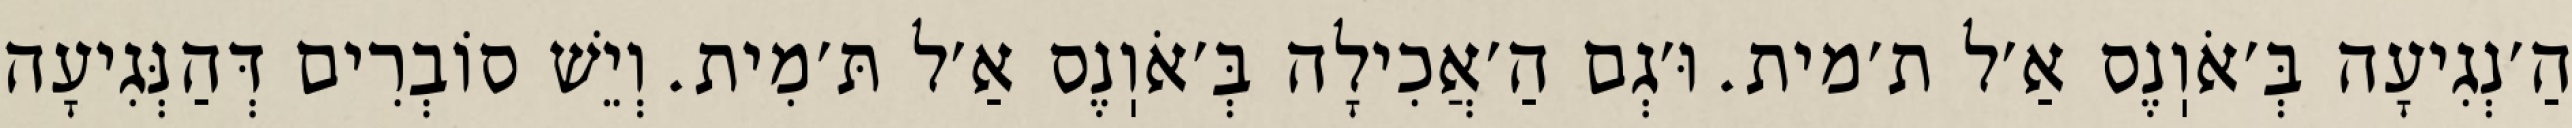
הַ׳נְגִיעָה בְּ׳אֹוֽנֶס אַ׳ל ת׳מית. וּ׳גְם הַ׳אֲכִילָה בְּ׳אֹוֽנֶס אַ׳ל תּ׳מִית. וְיֵשׁ סוֹבְרִים דְּהַנְּגִיעָה